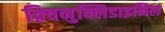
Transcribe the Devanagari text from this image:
क़्विनुक्लिडाइनिल